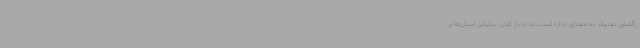
زگشایی صنوف به معنای اجازه است، نه اجبار کردن. بنابراین استان‌ها بر